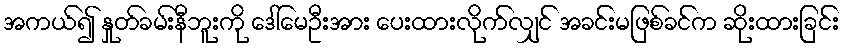
အကယ်၍ နှုတ်ခမ်းနီဘူးကို ဒေါ်မေဦးအား ပေးထားလိုက်လျှင် အခင်းမဖြစ်ခင်က ဆိုးထားခြင်း